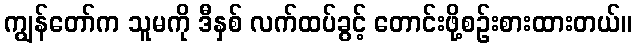
ကျွန်တော်က သူမကို ဒီနှစ် လက်ထပ်ခွင့် တောင်းဖို့စဉ်းစားထားတယ်။